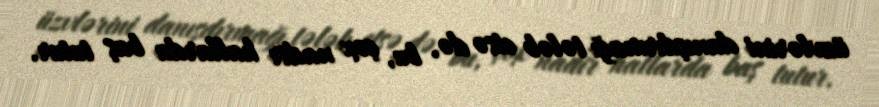
üzvlərini danışdırmağı tələb etsə də, bu, çox nadir hallarda baş tutur.